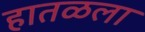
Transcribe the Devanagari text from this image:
हातळला